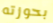
بحوزته